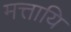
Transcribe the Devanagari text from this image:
मत्तायि